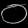
Digit: ၀